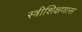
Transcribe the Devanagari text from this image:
स्त्रीशिक्षणास